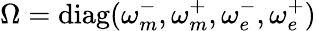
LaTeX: \Omega=\mathrm{diag}(\omega_{m}^{-},\omega_{m}^{+},\omega_{e}^{-},\omega_{e}^{+})